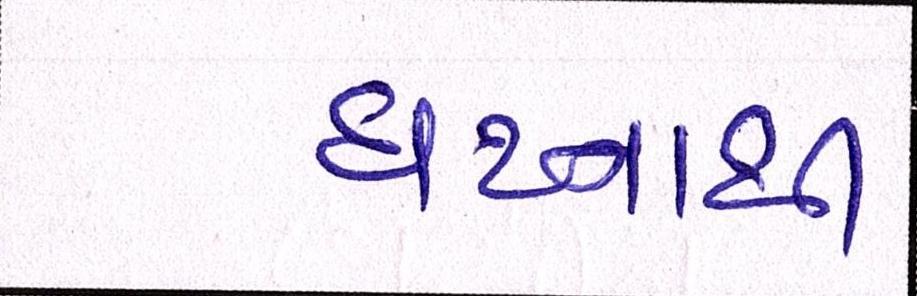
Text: ઘટનાથી